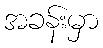
အခန်းမှာ